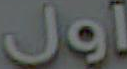
أول